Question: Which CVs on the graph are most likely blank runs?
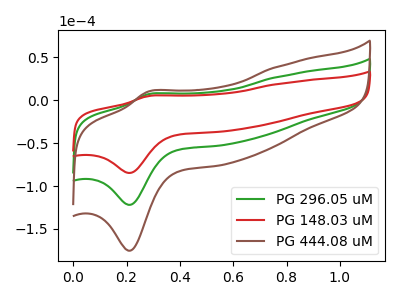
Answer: <think>The green curve "PG 296.05 uM" has an anodic peak at (0.30V, 6.90uA) and a cathodic peak at (0.20V, -121.90uA). The red curve "PG 148.03 uM" has an anodic peak at (0.30V, 4.80uA) and a cathodic peak at (0.20V, -84.70uA). The brown curve "PG 444.08 uM" has an anodic peak at (0.30V, 13.80uA) and a cathodic peak at (0.20V, -243.80uA).</think>
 <answer>There are not any CV's on this graph that are likely to be blanks.</answer>
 <eval>none</eval>